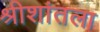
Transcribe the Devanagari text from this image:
श्रीशांतला